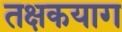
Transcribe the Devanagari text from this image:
तक्षकयाग